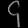
Digit: ၄